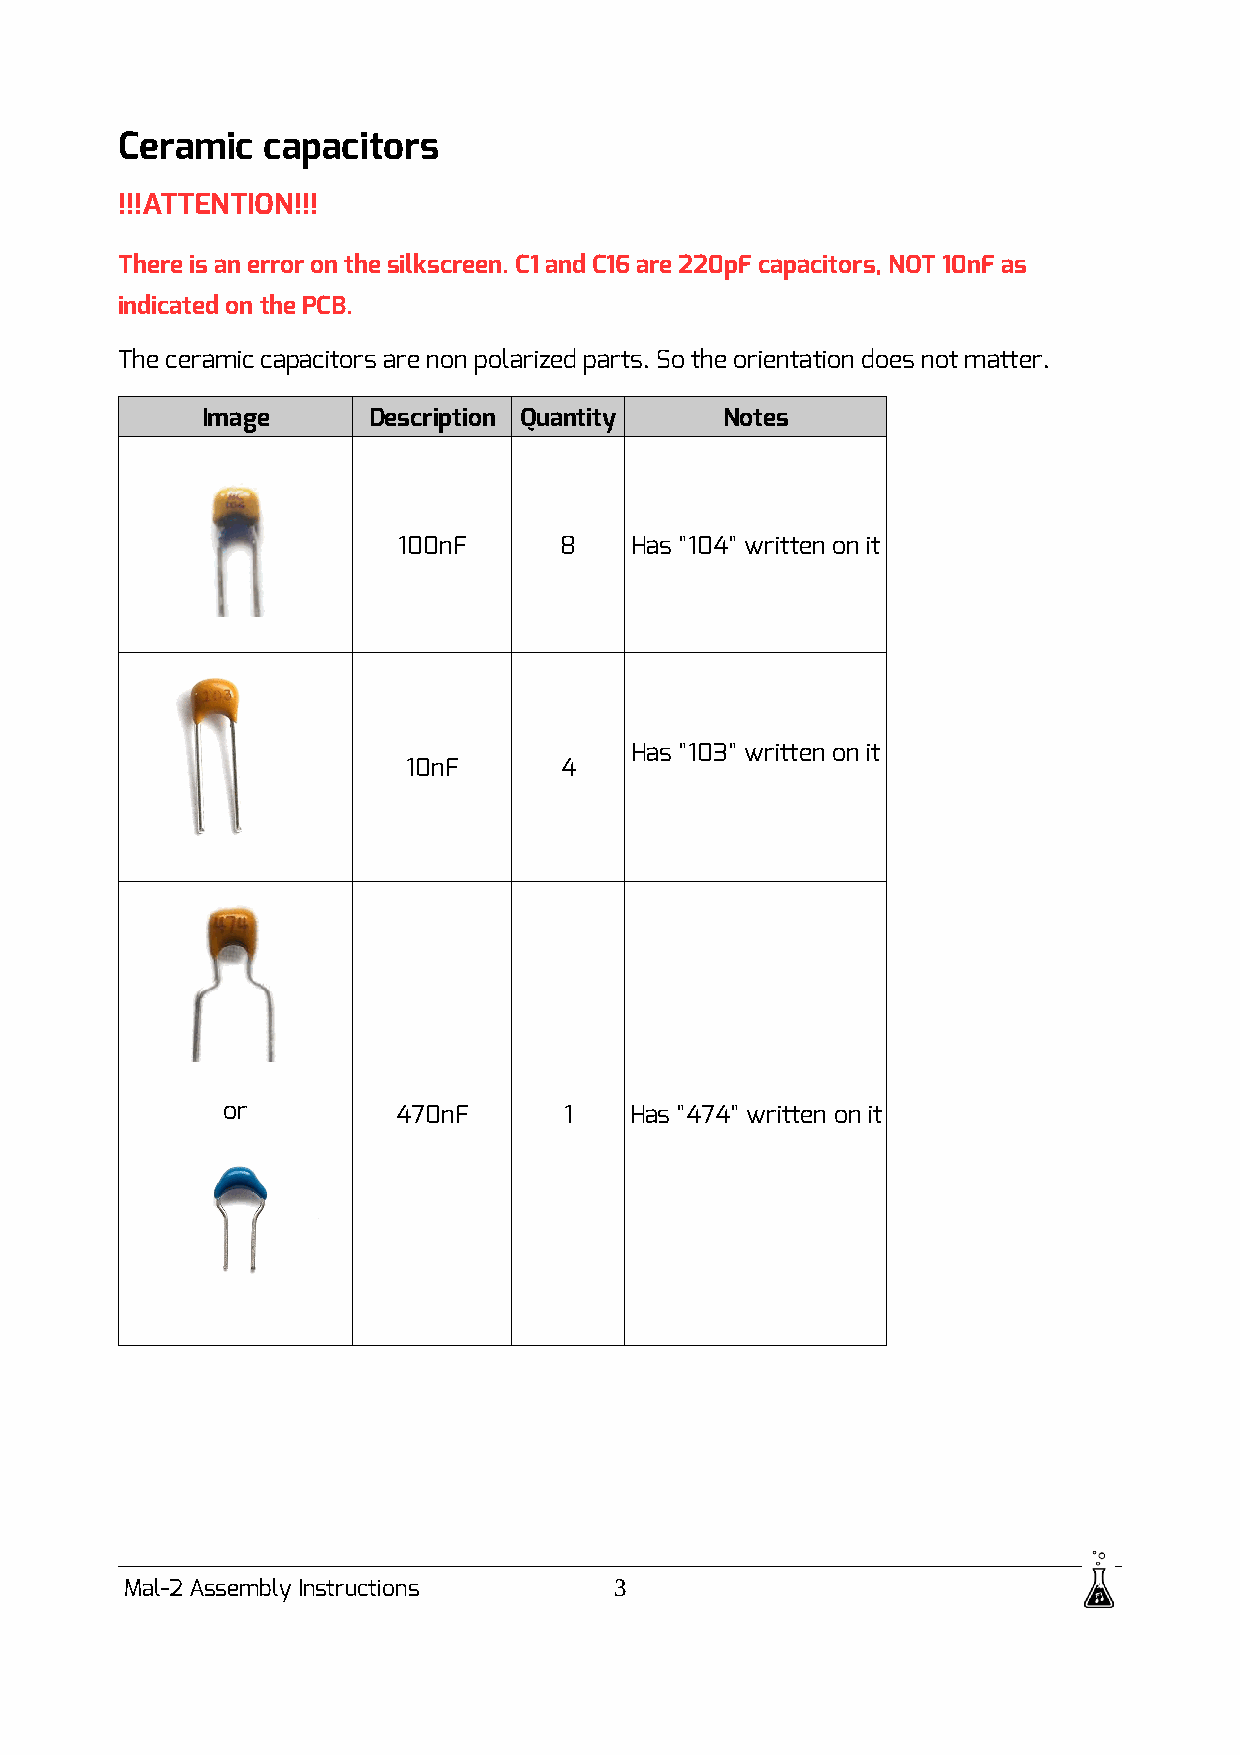
Ceramic  capacitors
 !!!ATTENTION!!!
 There is an error on the silkscreen. C1 and C16 are 220pF capacitors, NOT 10nF as
 indicated on the PCB.
 The ceramic capacitors are non polarized parts. So the orientation does not matter.
 Image      Description Quantity    Notes
 100nF      8    Has "104" written on it
 Has "103" written on it
 10nF      4
 or         470nF      1    Has "474" written on it
 Mal-2 Assembly Instructions      3